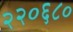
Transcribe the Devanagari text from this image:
२२०६८०